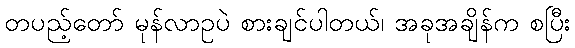
တပည့်တော် မုန်လာဥပဲ စားချင်ပါတယ်၊ အခုအချိန်က စပြီး